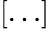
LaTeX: [\ldots]